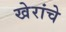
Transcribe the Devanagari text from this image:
खेरांचे